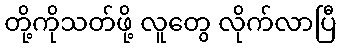
တို့ကိုသတ်ဖို့ လူတွေ လိုက်လာပြီ